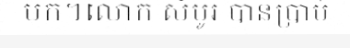
មក។លោក សំបូរ បានប្រាប់